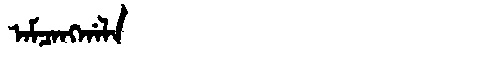
Manchu: ᠠᠮᠴᠠᠩᡤᠠᠯᠠ
Romanization: AMCANGGALA